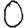
Digit: 0